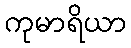
ကုမာရိယာ